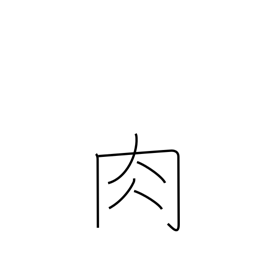
Meaning: meat